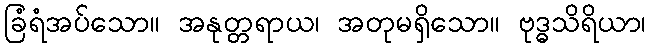
ခြံရံအပ်သော။ အနုတ္တရာယ၊ အတုမရှိသော။ ဗုဒ္ဓသိရိယာ၊